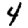
Digit: 4